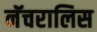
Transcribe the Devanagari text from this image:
नॅचरालिस